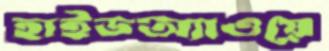
হাইডঅ্যাওয়ে